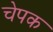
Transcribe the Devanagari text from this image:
चेपक